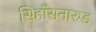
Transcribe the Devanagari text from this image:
सिहाँसनारुड